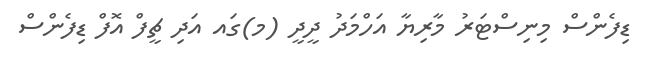
ޑިފެންސް މިނިސްޓަރު މާރިޔާ އަހްމަދު ދީދީ (މ)ގައ އަދި ޗީފް އޮފް ޑިފެންސް